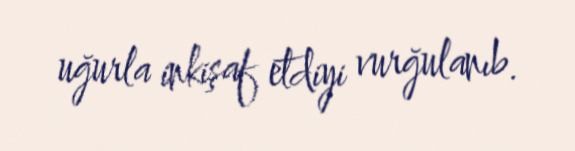
uğurla inkişaf etdiyi vurğulanıb.